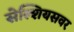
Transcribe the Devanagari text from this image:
सेल्शियसवर